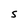
Character: S